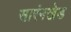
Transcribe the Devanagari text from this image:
सारंगखेड